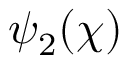
\psi _ { 2 } ( \chi )